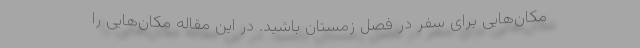
مکان‌هایی برای سفر در فصل زمستان باشید. در این مقاله مکان‌هایی را